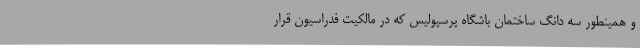
و همینطور سه دانگ ساختمان باشگاه پرسپولیس که در مالکیت فدراسیون قرار